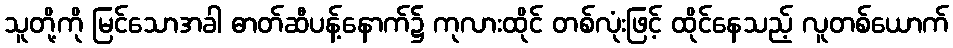
သူတို့ကို မြင်သောအခါ ဓာတ်ဆီပန့်နောက်၌ ကုလားထိုင် တစ်လုံးဖြင့် ထိုင်နေသည့် လူတစ်ယောက်